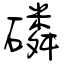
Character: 磷